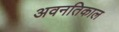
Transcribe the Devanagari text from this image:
अवनतिकाल